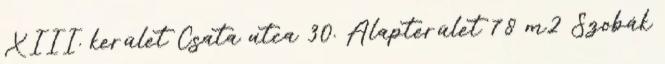
XIII. kerület Csata utca 30. Alapterület 78 m2 Szobák